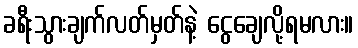
ခရီးသွားချက်လတ်မှတ်နဲ့ ငွေချေလို့ရမလား။